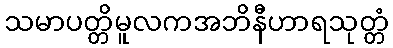
သမာပတ္တိမူလကအဘိနီဟာရသုတ္တံ